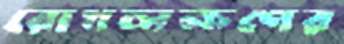
রোগলক্ষণের